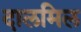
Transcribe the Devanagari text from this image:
दालमिल